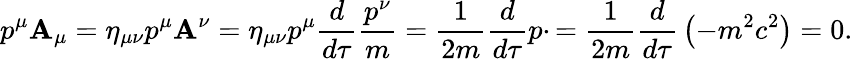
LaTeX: p^{\mu}\mathbf{A}_{\mu}=\eta_{\mu\nu}p^{\mu}\mathbf{A}^{\nu}=\eta_{\mu\nu}p^{\mu}{\frac{{d}}{{d\tau}}}{\frac{{p^{\nu}}}{{m}}}={\frac{{1}}{{2m}}}{\frac{{d}}{{d\tau}}}p\cdotp={\frac{{1}}{{2m}}}{\frac{{d}}{{d\tau}}}\left(-m^{2}c^{2}\right)=0.